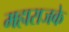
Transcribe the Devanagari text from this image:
महाराजके